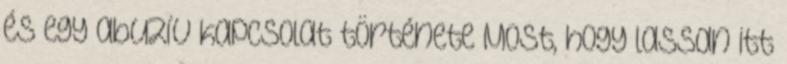
és egy abuzív kapcsolat története Most, hogy lassan itt